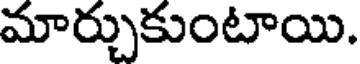
మార్చుకుంటాయి.